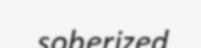
soberized